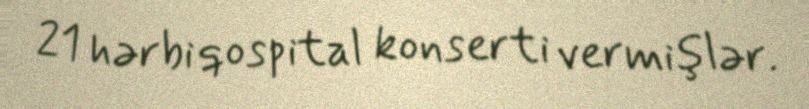
21 hərbi qospital konserti vermişlər.